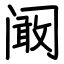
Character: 阚